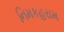
નિમકહરામ